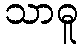
သာဓူ